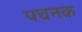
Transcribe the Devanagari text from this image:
पचनक